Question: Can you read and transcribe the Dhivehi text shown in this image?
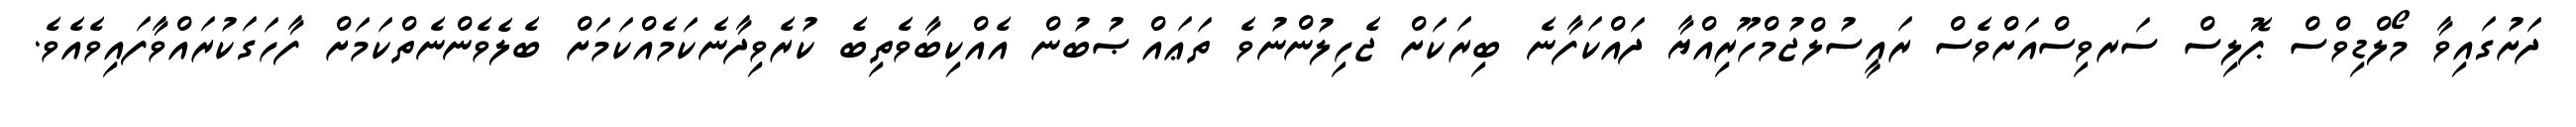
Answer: ދަށުގައިވާ މޯލްޑިވްސް ޕޮލިސް ސަރވިސްއަށްވެސް ރައީސުލްޖުމްހޫރިއްޔާ ދައްކަފާނެ ބިރަކަށް ޖެހިލުންނުވެ ތަޢައްޞުބުން އެއްކިބާވެތިބެ ކުރެވިދާނެކަމެއްކަމަށް ބެލެވެންނެތްކަމަށް ފާހަގަކުރައްވާފައިވެއެވެ.